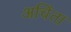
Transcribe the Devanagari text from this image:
अचिंता